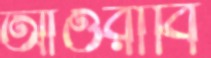
আওরাবি